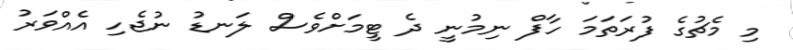
މި މެޗުގެ ފުރަތަމަ ހާފް ނިމުނީ ދެ ޓީމަށްވެސް ލަނޑު ނުޖެހި އެއްވަރު